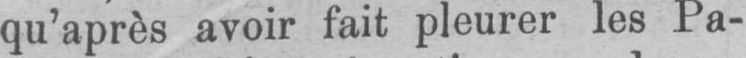
qu’après avoir fait pleurer les Pa-